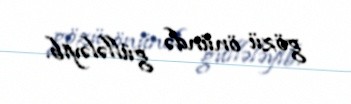
gözü önündə güllələyib.